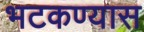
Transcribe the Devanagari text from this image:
भटकण्यास